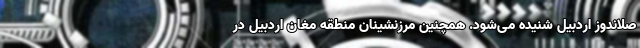
صلاندوز اردبیل شنیده می‌شود. همچنین مرزنشینان منطقه مغان اردبیل در